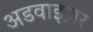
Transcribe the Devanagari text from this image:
अडवाइज़र